Annual report of the Imperial Bacteriologist
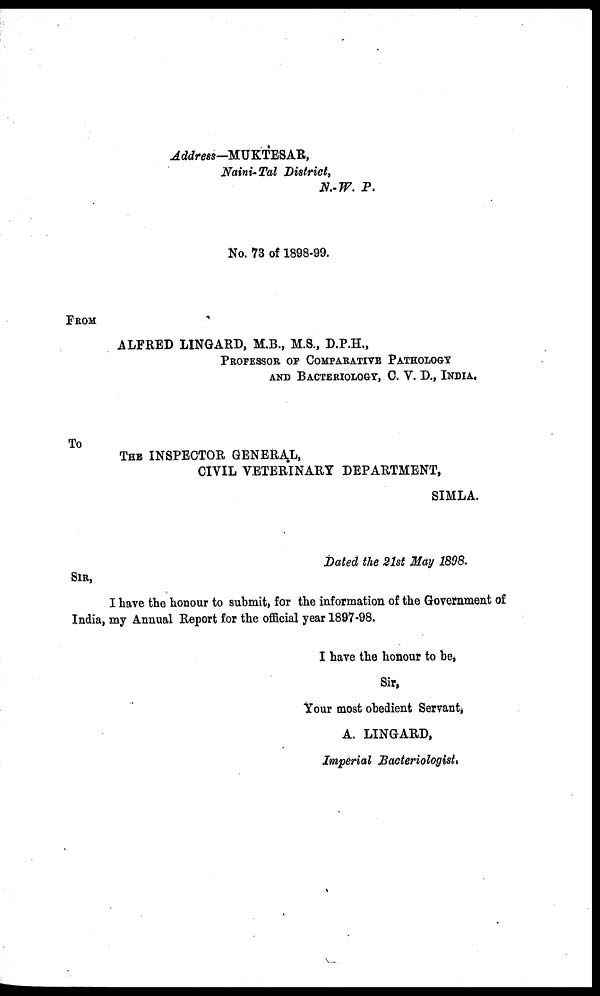
Address—MUKTESAR,
Naini-Tal District,
N.-W. P.
No. 73 of 1898-99.
FROM
ALFRED LINGARD, M.B., M.S., D.P.H.,
PROFESSOR OF COMPARATIVE PATHOLOGY
AND BACTERIOLOGY, C. V. D., INDIA.
To
THE INSPECTOR GENERAL,
CIVIL VETERINARY DEPARTMENT,
SIMLA.
Dated the 21st May 1898.
SIR,
I have the honour to submit, for the information of the Government of
India, my Annual Report for the official year 1897-98.
I have the honour to be,
Sir,
Your most obedient Servant,
A. LINGARD,
Imperial Bacteriologist.